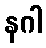
နဂါ